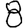
Digit: 8